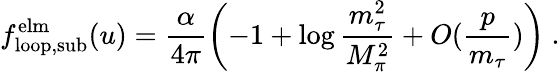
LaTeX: f_{\mathrm{loop,sub}}^{\mathrm{elm}}(u)=\frac{\alpha}{4\pi}\left(-1+\log\frac{m_{\tau}^{2}}{M_{\pi}^{2}}+O(\frac{p}{m_{\tau}})\right)~.